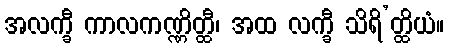
အလက္ခီ ကာလကဏ္ဏိတ္ထီ၊ အထ လက္ခီ သိရိ’တ္ထိယံ။